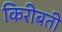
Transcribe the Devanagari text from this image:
किरीबती